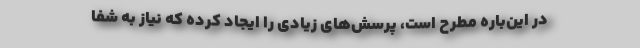
در این‌باره مطرح است، پرسش‌های زیادی را ایجاد کرده که نیاز به شفا